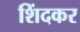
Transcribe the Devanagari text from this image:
शिंदकर